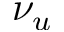
\nu _ { u }